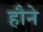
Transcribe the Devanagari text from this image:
हौने